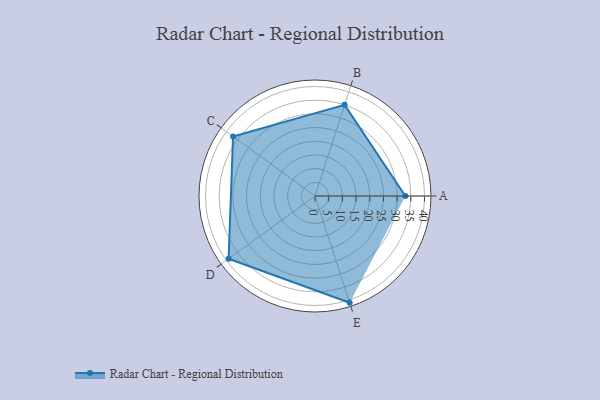
{"axis": {"x": "Skill", "y": "Score"}, "legend": ["Profile"], "data": [{"x": "A", "y": 33.0, "type": "Profile"}, {"x": "B", "y": 35.0, "type": "Profile"}, {"x": "C", "y": 37.0, "type": "Profile"}, {"x": "D", "y": 39.0, "type": "Profile"}, {"x": "E", "y": 41.0, "type": "Profile"}]}